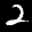
Label: 2